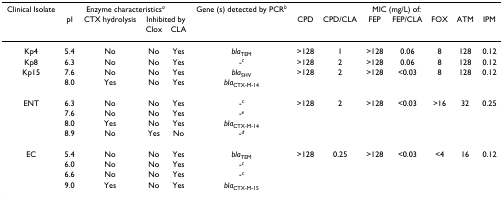
| Clinical Isolate | <COLSPAN=4> Enzyme characteristicsa | Gene (s) detected by PCRb | <COLSPAN=7> MIC (mg/L) of: |
 |  | pI | CTX hydrolysis | <COLSPAN=2> Inhibited by |  | CPD | CPD/CLA | FEP | FEP/CLA | FOX | ATM | IPM |
 |  |  |  | Clox | CLA |  |  |  |  |  |  |  |  |
 | --- | --- | --- | --- | --- | --- | --- | --- | --- | --- | --- | --- | --- |
 | Kp4 | 5.4 | No | No | Yes | blaTEM | >128 | 1 | >128 | 0.06 | 8 | 128 | 0.12 |
 | Kp8 | 6.3 | No | No | Yes | -c | >128 | 2 | >128 | 0.06 | 8 | 128 | 0.12 |
 | Kp15 | 7.6 | No | No | Yes | blaSHV | >128 | 2 | >128 | <0.03 | 8 | 128 | 0.12 |
 |  | 8.0 | Yes | No | Yes | blaCTX-M-14 |  |  |  |  |  |  |  |
 | ENT | 6.3 | No | No | Yes | -c | >128 | 2 | >128 | <0.03 | >16 | 32 | 0.25 |
 |  | 7.6 | No | No | Yes | -e |  |  |  |  |  |  |  |
 |  | 8.0 | Yes | No | Yes | blaCTX-M-14 |  |  |  |  |  |  |  |
 |  | 8.9 | No | Yes | No | -d |  |  |  |  |  |  |  |
 | EC | 5.4 | No | No | Yes | blaTEM | >128 | 0.25 | >128 | <0.03 | <4 | 16 | 0.12 |
 |  | 6.0 | No | No | Yes | -c |  |  |  |  |  |  |  |
 |  | 6.6 | No | No | Yes | -c |  |  |  |  |  |  |  |
 |  | 9.0 | Yes | No | Yes | blaCTX-M-15 |  |  |  |  |  |  |  |